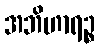
အဘိဟာရဉ္စ